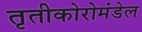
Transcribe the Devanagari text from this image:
तृतीकोरोमंडेल